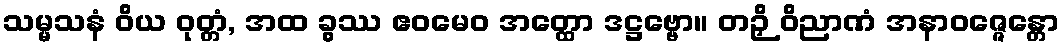
သမ္မသနံ ဝိယ ဝုတ္တံ, အထ ခွဿ ဧဝမေဝ အတ္ထော ဒဋ္ဌဗ္ဗော။ တဉှိ ဝိညာဏံ အနာဝဇ္ဇေန္တော